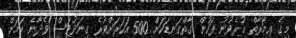
މިގެ ޢިމާރާތް ކުރެވުނު ފަހުން ގާތްގަނޑަކަށް 500 އަހަރަށްވުރެ ގިނަދުވަސް ވެދާނެ ކަމަށް